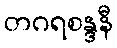
တဂရစန္ဒနီ